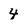
Character: 4